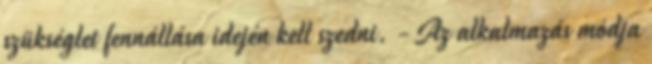
szükséglet fennállása idején kell szedni. - Az alkalmazás módja